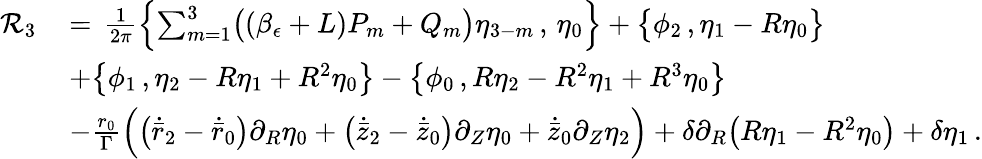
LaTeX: \begin{array}{rl}{\mathcal{R}_{3}\, }&{=\, \frac{1}{2\pi}\Bigl\{ \sum_{m=1}^{3}\bigl((\beta_{\epsilon}+L)P_{m}+Q_{m}\bigr)\eta_{3-m}\, ,\, \eta_{0}\Bigr\} +\bigl\{ \phi_{2}\, ,\eta_{1}-R\eta_{0}\bigr\} }\\ &{+\bigl\{ \phi_{1}\, ,\eta_{2}-R\eta_{1}+R^{2}\eta_{0}\bigr\} -\bigl\{ \phi_{0}\, ,R\eta_{2}-R^{2}\eta_{1}+R^{3}\eta_{0}\bigr\} }\\ &{-\frac{r_{0}}{\Gamma}\Bigr(\bigl(\dot{\bar{r}}_{2}-\dot{\bar{r}}_{0}\bigr)\partial_{R}\eta_{0}+\bigl(\dot{\bar{z}}_{2}-\dot{\bar{z}}_{0}\bigr)\partial_{Z}\eta_{0}+\dot{\bar{z}}_{0}\partial_{Z}\eta_{2}\Bigr)+\delta\partial_{R}\bigl(R\eta_{1}-R^{2}\eta_{0}\bigr)+\delta\eta_{1}\, .}\end{array}